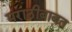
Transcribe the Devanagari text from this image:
मराठीबाबत